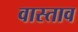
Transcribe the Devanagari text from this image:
वास्ताव